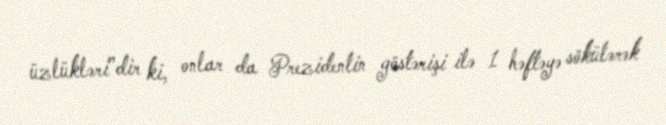
üzlükləri”dir ki, onlar da Prezidentin göstərişi ilə 1 həftəyə sökülərək